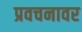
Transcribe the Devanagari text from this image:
प्रवचनावर